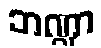
ဘဏ္ဍာ